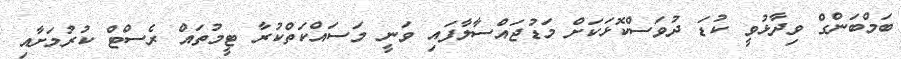
ބަމްބަންގް ވިދާޅުވީ ކުޑަ ދުވަސްކޮޅަކަށް މަޑުޖައްސާލާފައި ވަނީ މަސައްކަތްކުރާ ޓީމުތައް ރެސްޓް ކުރުމަށާއި